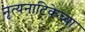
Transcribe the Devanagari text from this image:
नृत्यनाटिकेच्या